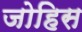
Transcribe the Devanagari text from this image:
जोहिस